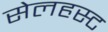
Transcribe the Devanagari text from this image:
सेलहस्ट